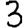
Digit: 3